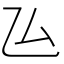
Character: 𠫕